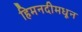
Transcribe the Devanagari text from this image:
हिमनदीमधून